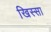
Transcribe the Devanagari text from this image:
खिस्‍सा